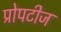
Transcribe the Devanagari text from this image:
प्रोपटीज